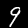
Label: 9